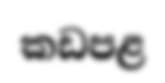
කඩපළ